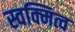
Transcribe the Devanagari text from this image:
स्वक्मित्व